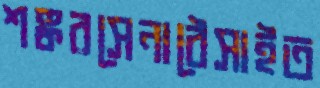
শঙ্করসেনাঠেসাইত